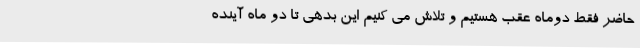
حاضر فقط دوماه عقب هستیم و تلاش می کنیم این بدهی تا دو ماه آینده